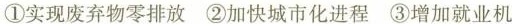
①实现废弃物零排放 ②加快城市化进程 ③增加就业机